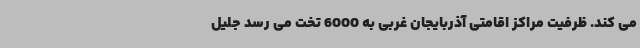
می کند. ظرفیت مراکز اقامتی آذربایجان غربی به 6000 تخت می رسد جلیل